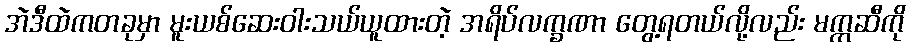
အဲဒီထဲကတခုမှာ မူးယစ်ဆေးဝါးသယ်ယူထားတဲ့ အရိပ်လက္ခဏာ တွေ့ရတယ်လို့လည်း မက္ကဆီကို